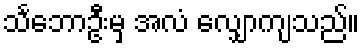
သင်္ဘောဦးမှ အလံ လျှောကျသည်။